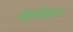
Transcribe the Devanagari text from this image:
बदलीकारण